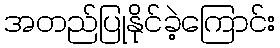
အတည်ပြုနိုင်ခဲ့ကြောင်း